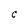
Character: C